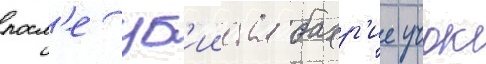
посл'е уб'ииства бахр'ие учок